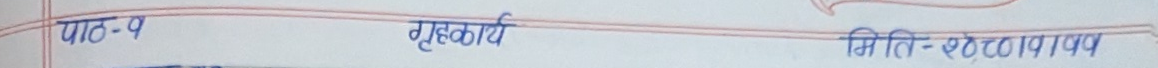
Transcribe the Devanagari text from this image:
पाठ-१ गृहकार्य मिति-१८/०५/१९